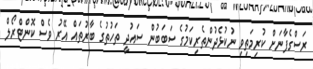
ރަސްގެފާނަށް ކުރިމަތިވި ނުކުޅެދުންތެރިކަމުގެ ސަބަބުން ސައުދީ ތަހުތުގެ ބާރުތައް އޭރު ވެސް ކޮންޓްރޯލް